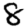
Digit: 8